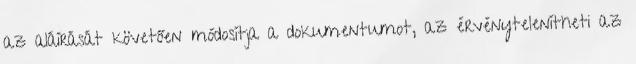
az aláírását követően módosítja a dokumentumot, az érvénytelenítheti az